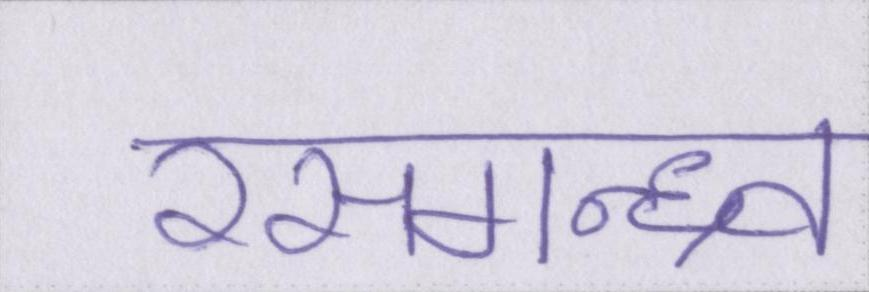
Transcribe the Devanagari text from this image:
रसगन्ध्र्व